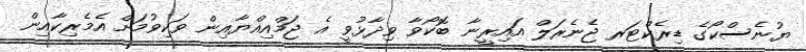
ޔުނެސްކޯގެ ޑިރެކްޓަރ ޖެނެރަލް އައިރީނާ ބޮކޯވާ ވިދާޅުވީ އެ ޖަމްއިއްޔާއިން ވަކިވުމަށް އެމެރިކާއިން